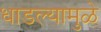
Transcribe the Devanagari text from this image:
धाडल्यामुळे